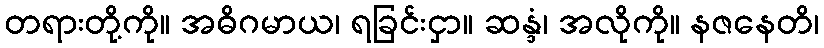
တရားတို့ကို။ အဓိဂမာယ၊ ရခြင်းငှာ။ ဆန္ဒံ၊ အလိုကို။ နဇနေတိ၊